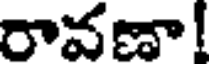
రావణా!